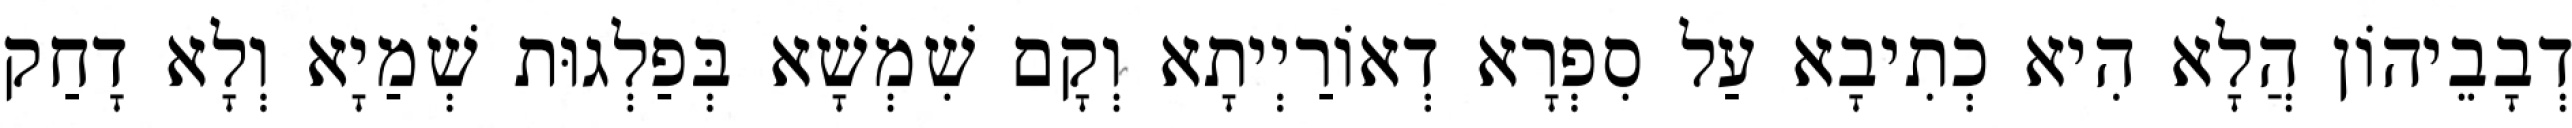
דְבָבֵיהוֹן הֲלָא הִיא כְתִיבָא עַל סִפְרָא דְאוֹרַיְיתָא וְקָם שִׁמְשָׁא בְּפַלְגוּת שְׁמַיָא וְלָא דָחַק